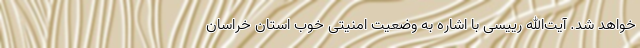
خواهد شد. آیت‌الله رییسی با اشاره به وضعیت امنیتی خوب استان خراسان